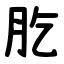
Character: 肐